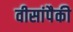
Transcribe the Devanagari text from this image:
वीसांपैकी